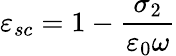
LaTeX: \varepsilon_{sc}=1-\frac{\sigma_{2}}{\varepsilon_{0}\omega}